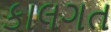
કાલગત